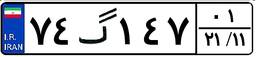
۷۴گ۱۴۷۰۱